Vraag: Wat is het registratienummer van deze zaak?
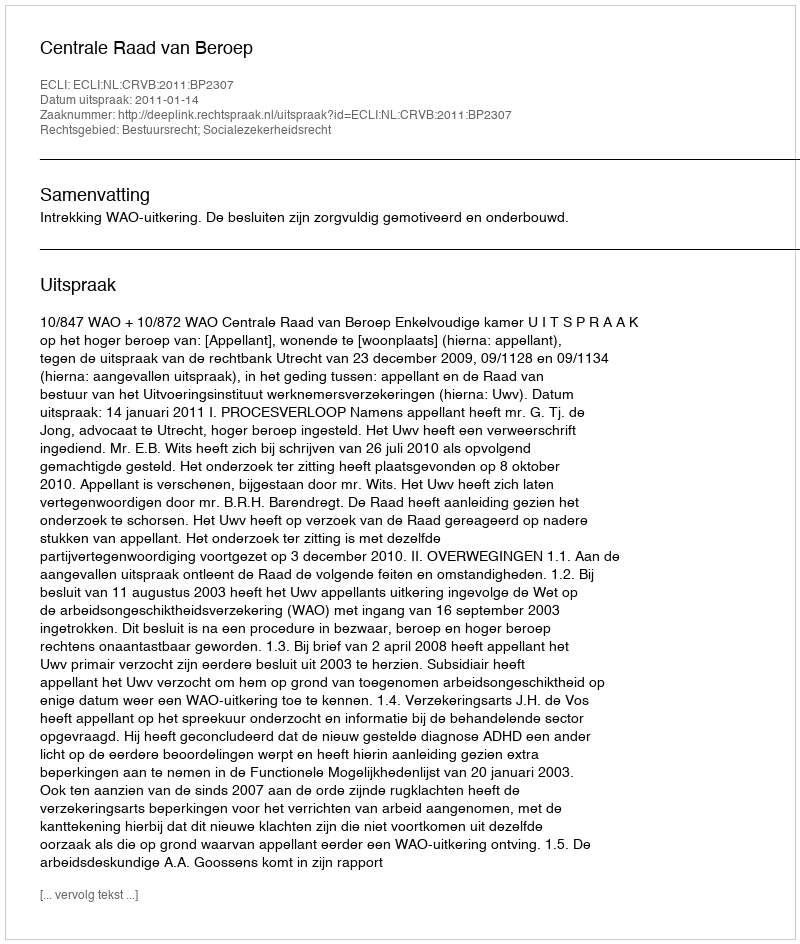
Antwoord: http://deeplink.rechtspraak.nl/uitspraak?id=ECLI:NL:CRVB:2011:BP2307